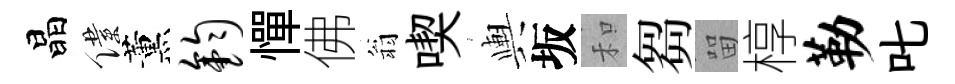
晶僕薰钧憚佛翁喫輿坂和芻㽞椁勒叱